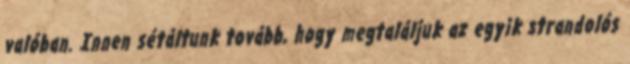
valóban. Innen sétáltunk tovább, hogy megtaláljuk az egyik strandolós